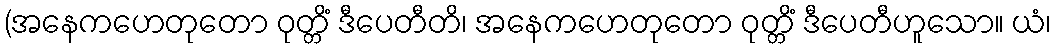
(အနေကဟေတုတော ဝုတ္တိံ ဒီပေတီတိ၊ အနေကဟေတုတော ဝုတ္တိံ ဒီပေတီဟူသော။ ယံ၊